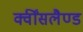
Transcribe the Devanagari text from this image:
क्वींसलैण्ड